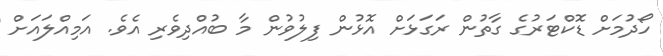
ހޯދުމަށް ޑޮކްޓަރުގެ ގާތުން ރަގަޅަށް އޮޅުން ފިލުވުން މާ ބުއްދިވެރި އެވެ. އަމިއްލައަށް